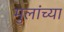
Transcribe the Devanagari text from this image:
मुलांच्‍या